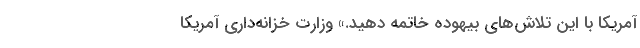
آمریکا با این تلاش‌های بیهوده خاتمه دهید.» وزارت خزانه‌داری آمریکا